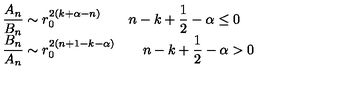
\begin{array} { l } { \displaystyle { \frac { A _ { n } } { B _ { n } } } \sim r _ { 0 } ^ { 2 \left( k + \alpha - n \right) } \qquad n - k + \frac { 1 } { 2 } - \alpha \leq 0 } \\ { \displaystyle { \frac { B _ { n } } { A _ { n } } } \sim r _ { 0 } ^ { 2 \left( n + 1 - k - \alpha \right) } \qquad n - k + \frac { 1 } { 2 } - \alpha > 0 } \\ \end{array}